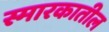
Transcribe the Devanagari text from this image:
स्मारकातील